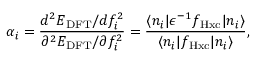
\alpha _ { i } = \frac { d ^ { 2 } E _ { \mathrm { D F T } } / d f _ { i } ^ { 2 } } { \partial ^ { 2 } E _ { \mathrm { D F T } } / \partial f _ { i } ^ { 2 } } = \frac { \langle n _ { i } \vert \epsilon ^ { - 1 } f _ { \mathrm { H x c } } \vert n _ { i } \rangle } { \langle n _ { i } \vert f _ { \mathrm { H x c } } \vert n _ { i } \rangle } ,